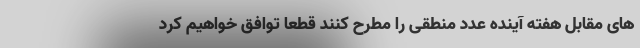
های مقابل هفته آینده عدد منطقی را مطرح کنند قطعا توافق خواهیم کرد